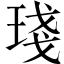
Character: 琖